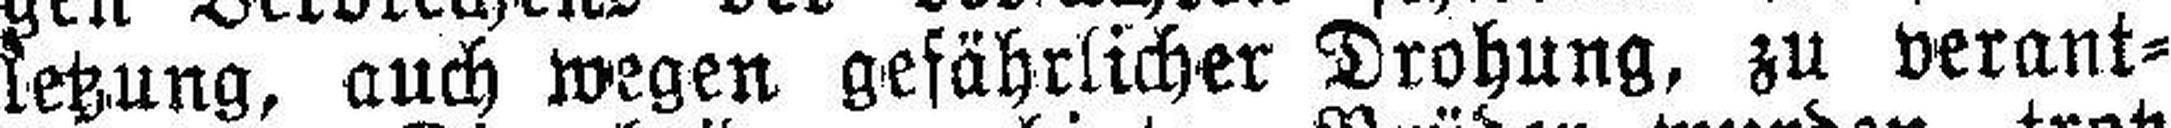
letzung, auch wegen gefährlicher Drohung, zu verant¬